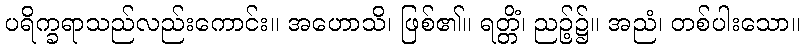
ပရိက္ခရာသည်လည်းကောင်း။ အဟောသိ၊ ဖြစ်၏။ ရတ္တိံ၊ ညဉ့်၌။ အညံ၊ တစ်ပါးသော။